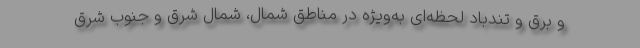
و برق و تندباد لحظه‌ای به‌ویژه در مناطق شمال، شمال شرق و جنوب شرق